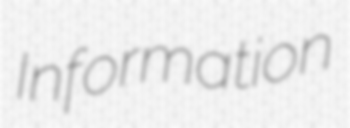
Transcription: Information